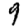
Digit: 9